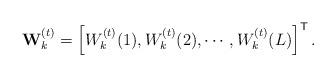
LaTeX: \begin{align*} \mathbf{W}_{k}^{(t)}=\left[W_{k}^{(t)}(1),W_{k}^{(t)}(2),\cdots,W_{k}^{(t)}(L)\right]^{\mathsf{T}}.\end{align*}